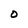
Character: O